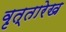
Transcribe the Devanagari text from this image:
वृत्तारेख